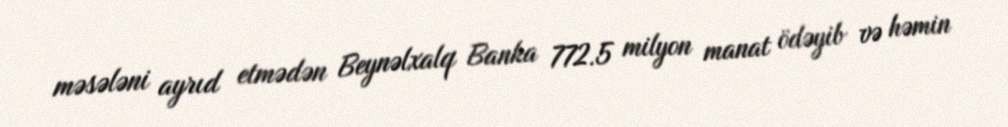
məsələni ayrıd etmədən Beynəlxalq Banka 772.5 milyon manat ödəyib və həmin